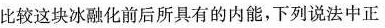
比较这块冰融化前后所具有的内能，下列说法中正